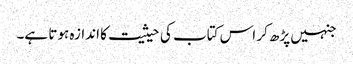
جنہیں پڑھ کر اس کتاب کی حیثیت کا اندازہ ہوتا ہے۔